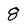
Character: 8